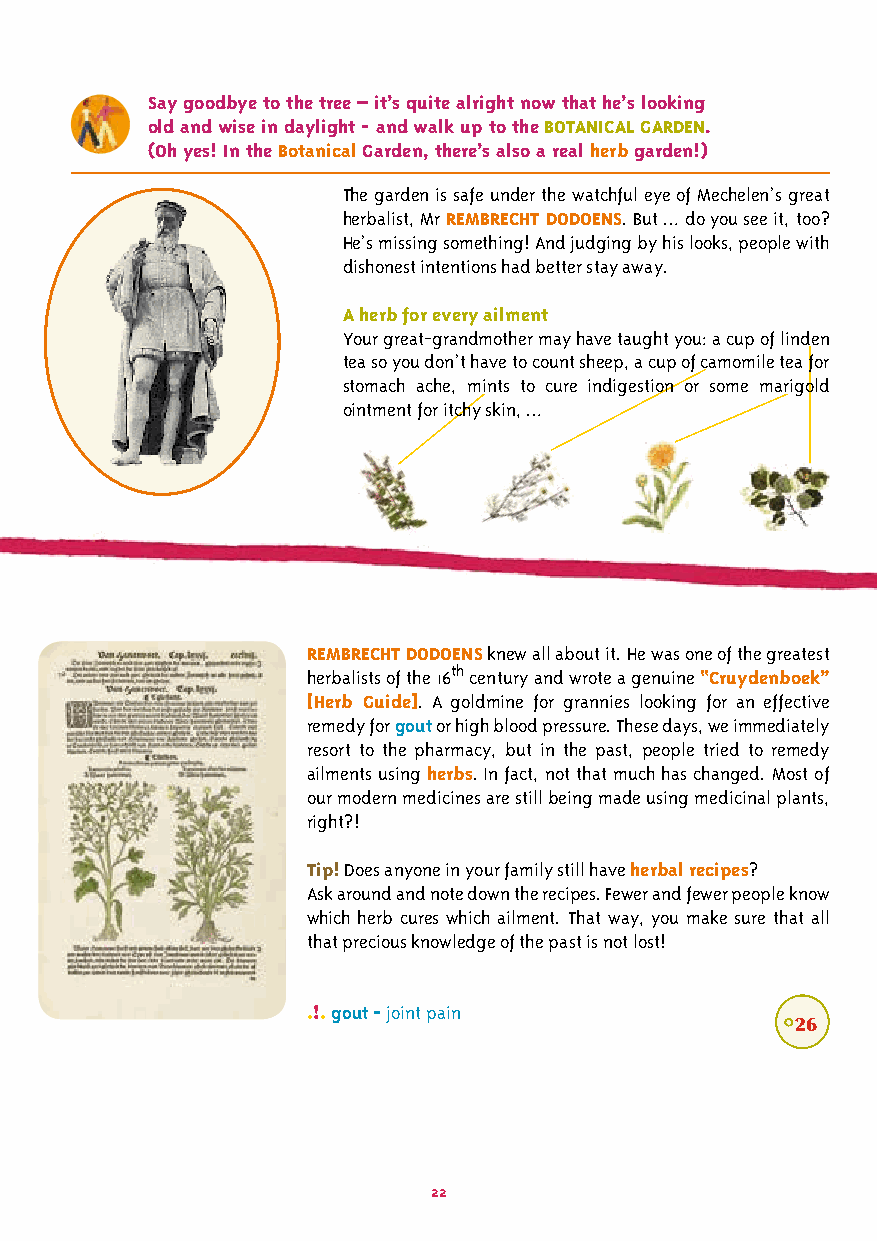
Say goodbye to the tree – it’s quite alright now that he’s looking
 old and wise in daylight - and walk up to the BOTANICAL GARDEN.
 (Oh yes! In the Botanical Garden, there’s also a real herb garden!)
 The garden is safe under the watchful eye of Mechelen’s great
 herbalist, Mr REMBRECHT DODOENS. But … do you see it, too?
 He’s missing something! And judging by his looks, people with
 dishonest intentions had better stay away.
 A herb for every ailment
 Your great-grandmother may have taught you: a cup of linden
 tea so you don’t have to count sheep, a cup of camomile tea for
 stomach ache, mints to cure indigestion or some marigold
 ointment for itchy skin, …
 REMBRECHT DODOENS knew all about it. He was one of the greatest
 herbalists of the 16th century and wrote a genuine “Cruydenboek”
 [Herb Guide]. A goldmine for grannies looking for an effective
 remedy for gout or high blood pressure. These days, we immediately
 resort to the pharmacy, but in the past, people tried to remedy
 ailments using herbs. In fact, not that much has changed. Most of
 our modern medicines are still being made using medicinal plants,
 right?!
 Tip! Does anyone in your family still have herbal recipes?
 Ask around and note down the recipes. Fewer and fewer people know
 which herb cures which ailment. That way, you make sure that all
 that precious knowledge of the past is not lost!
 .!. gout - joint pain
 °26
 22